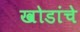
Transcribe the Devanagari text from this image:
खोडांचे